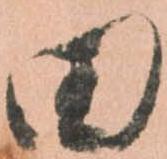
田